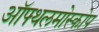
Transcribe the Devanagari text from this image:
ऑफ्थलमोस्कोप